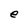
Character: e